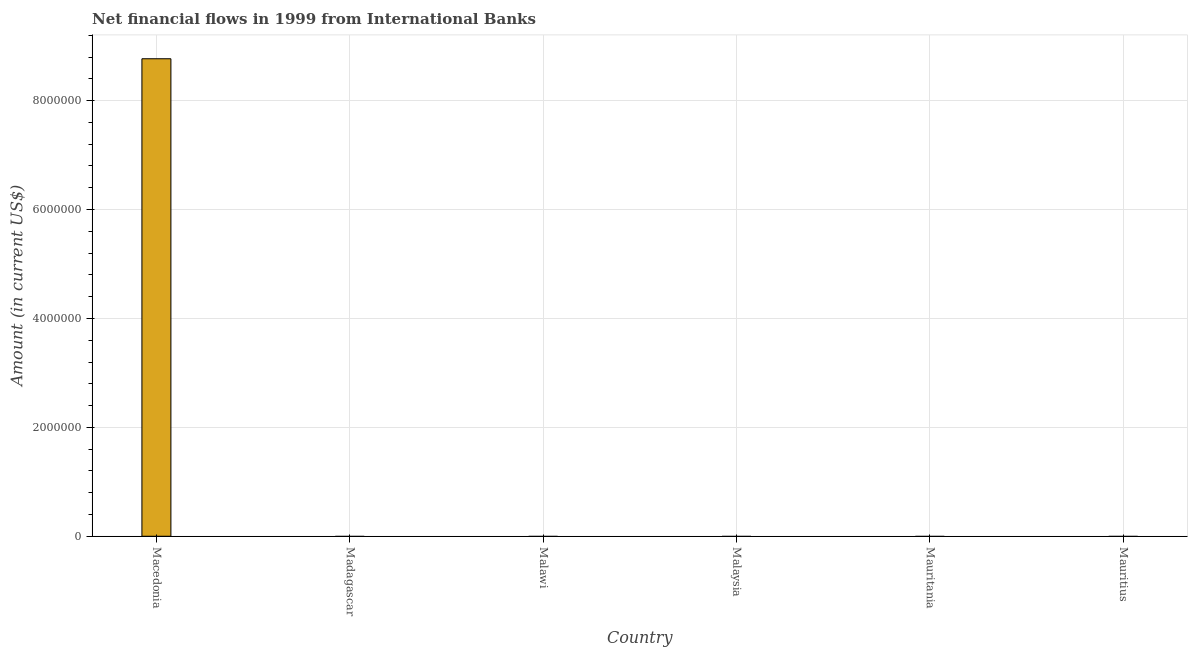
| Country | Net financial flows from IBRD |
 | --- | --- |
 | Macedonia | 8.77e+06 |
 | Madagascar | -7.45e+05 |
 | Malawi | -7.9e+06 |
 | Malaysia | -6.87e+07 |
 | Mauritania | -2.00e+06 |
 | Mauritius | -1.24e+07 |